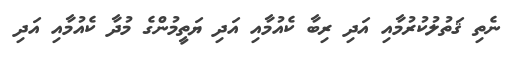
ނެތި ޤަތުލުކުރުމާއި އަދި ރިބާ ކެއުމާއި އަދި ޔަތީމުންގެ މުދާ ކެއުމާއި އަދި